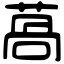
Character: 萵